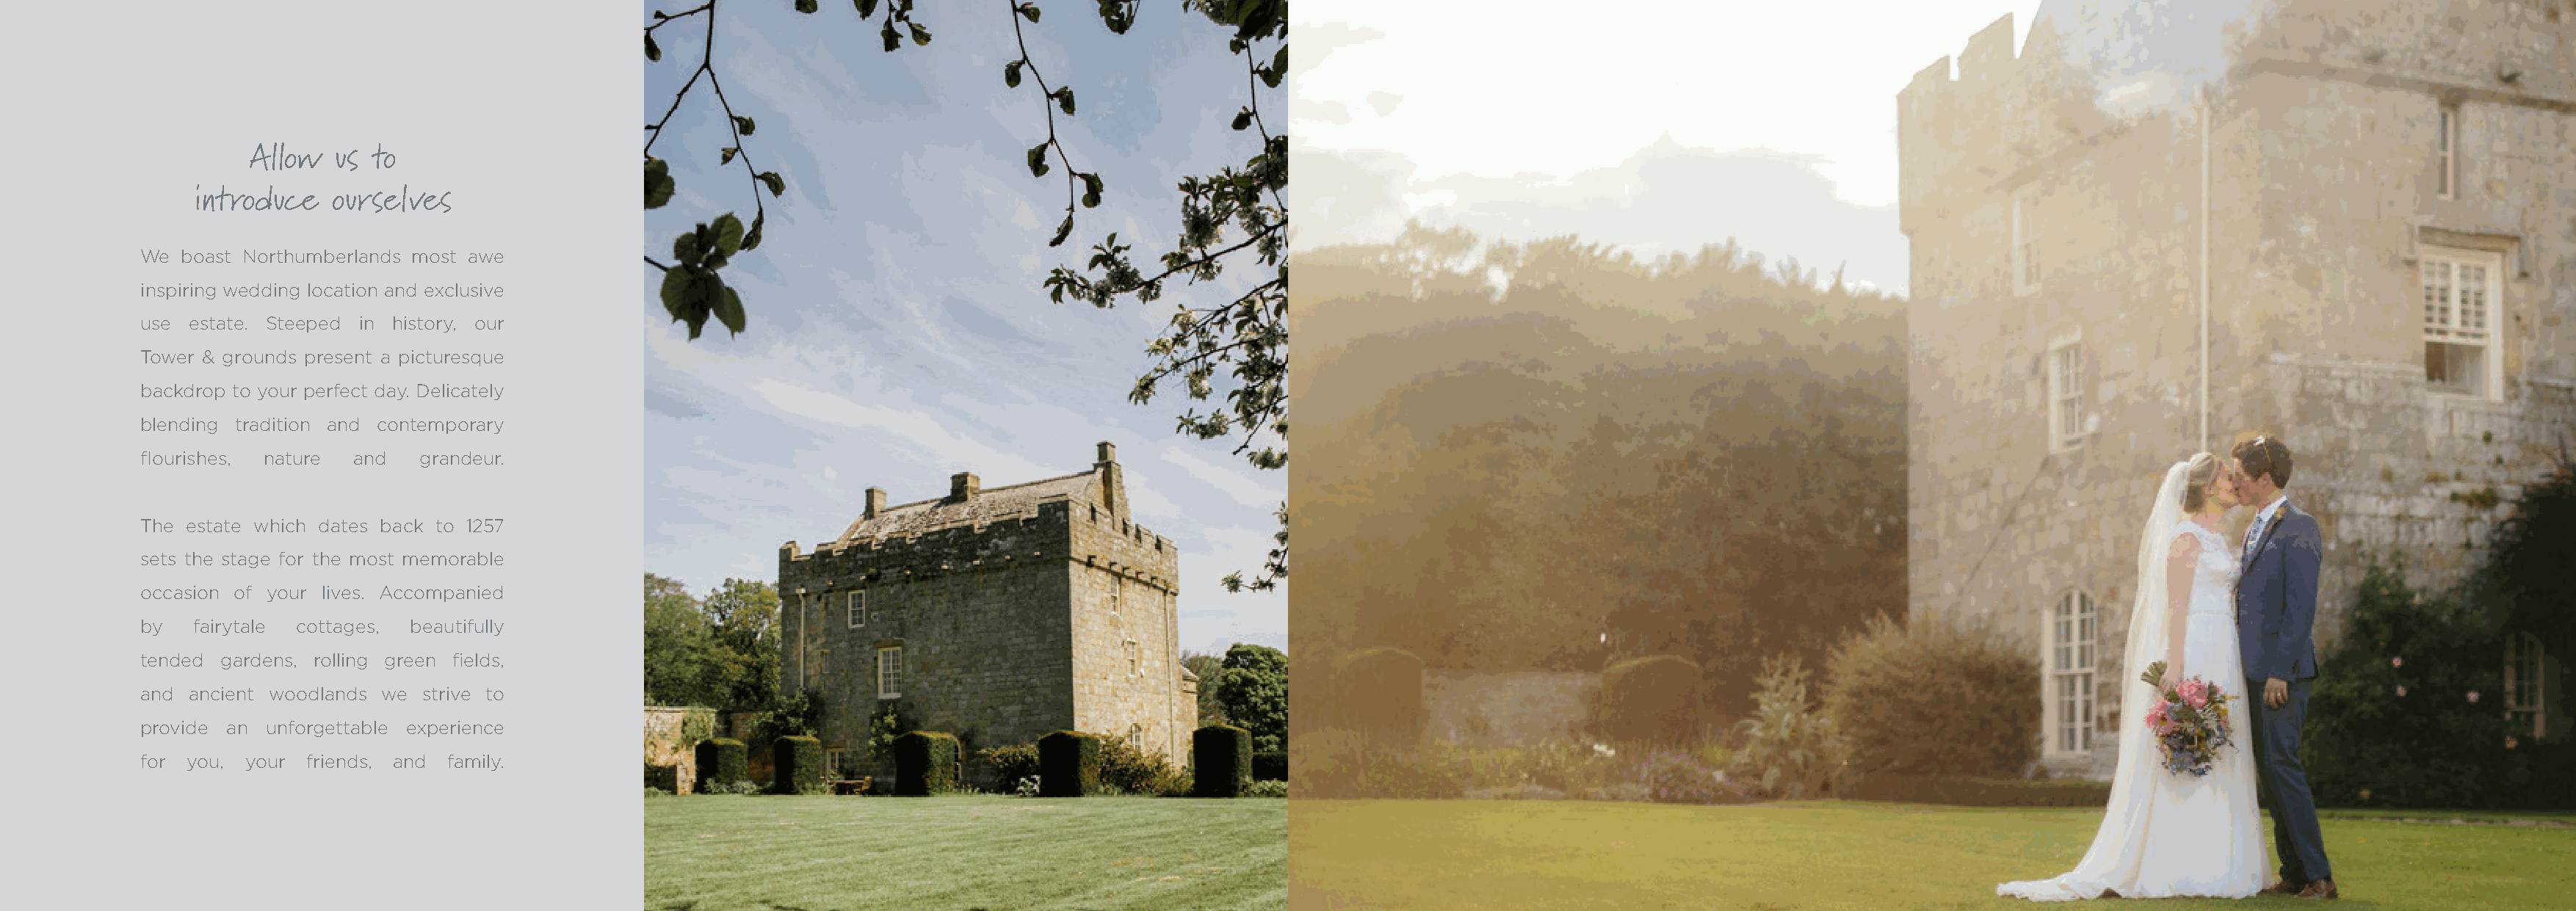
Allow   us  to
 introduce    ourselves
 We boast Northumberlands most awe
 inspiring wedding location and exclusive
 use estate. Steeped in history, our
 Tower & grounds present a picturesque
 backdrop to your perfect day. Delicately
 blending tradition and contemporary
 flourishes, nature and   grandeur.
 The estate which dates back to 1257
 sets the stage for the most memorable
 occasion of your lives. Accompanied
 by  fairytale cottages, beautifully
 tended gardens, rolling green fields,
 and ancient woodlands we strive to
 provide an unforgettable experience
 for you, your  friends, and family.